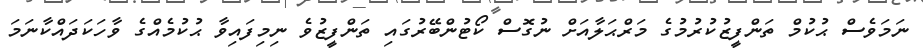
ނަމަވެސް ޙުކުމް ތަންފީޒުކުރުމުގެ މަރްޙަލާއަށް ނުގޮސް ކޯޓުންބޭރުގައި ތަންފީޒުވެ ނިމިފައިވާ ޙުކުމެއްގެ ވާހަކަދައްކާނަމަ